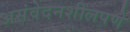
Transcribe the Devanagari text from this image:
असंवेदनशीलपणे